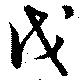
戊